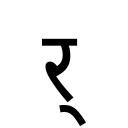
OCR:
र्